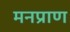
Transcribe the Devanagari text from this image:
मनप्राण